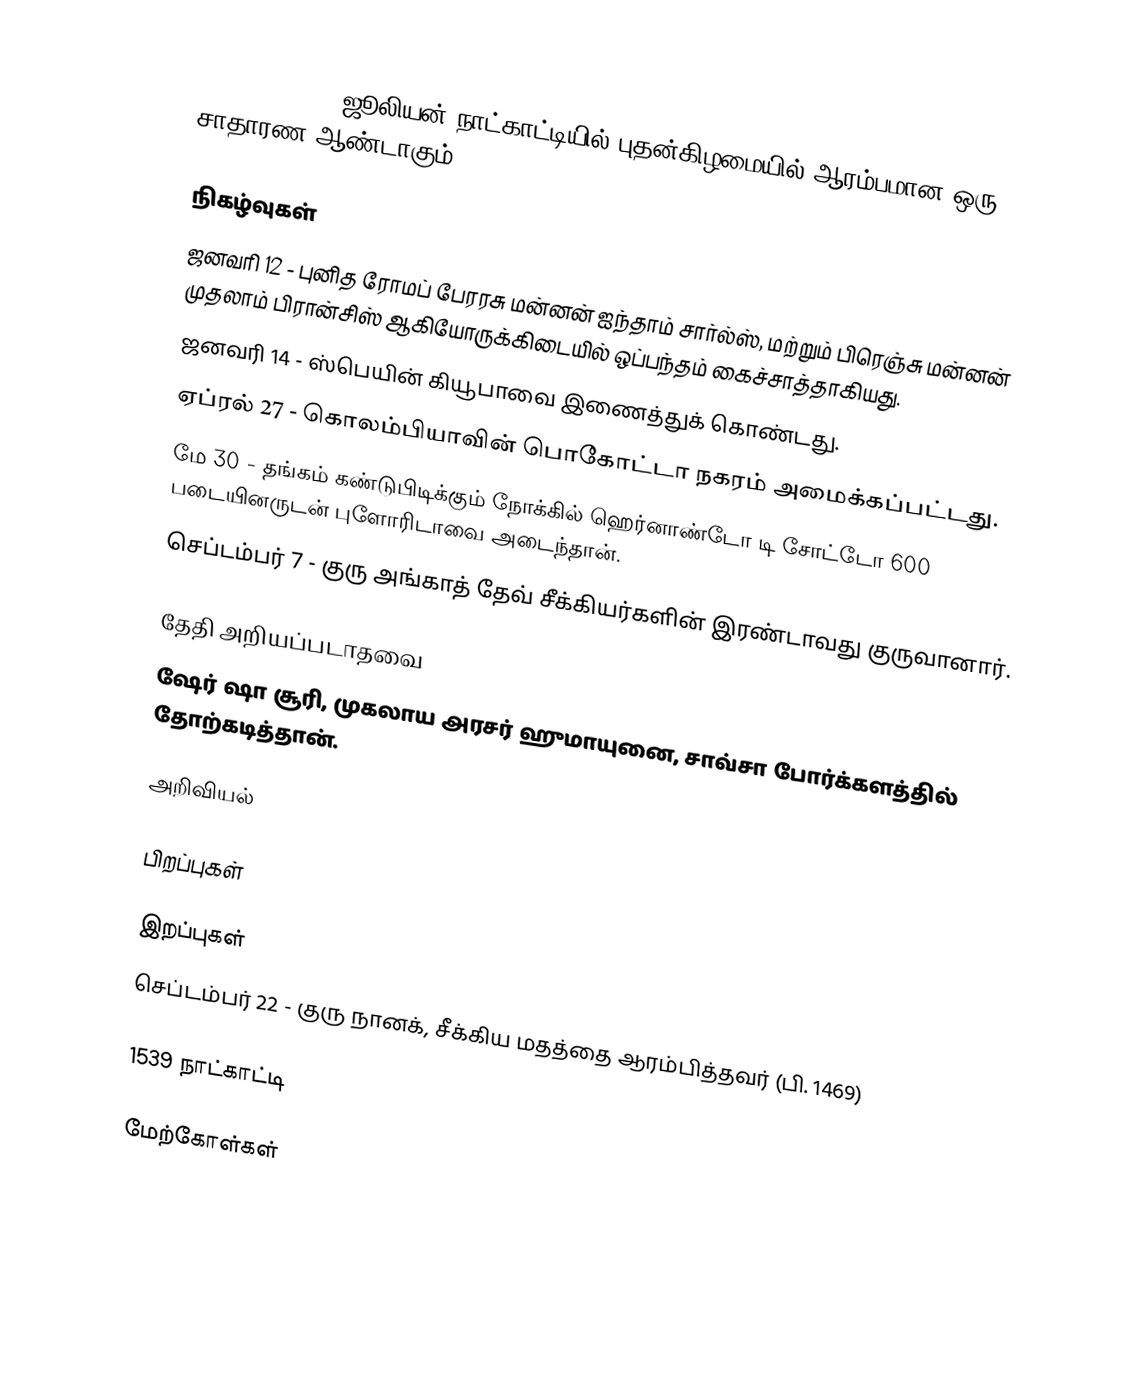
1539 (MDXXXIX) ஜூலியன் நாட்காட்டியில் புதன்கிழமையில் ஆரம்பமான ஒரு சாதாரண ஆண்டாகும்.

நிகழ்வுகள்
 ஜனவரி 12 - புனித ரோமப் பேரரசு மன்னன் ஐந்தாம் சார்ல்ஸ், மற்றும் பிரெஞ்சு மன்னன் முதலாம் பிரான்சிஸ் ஆகியோருக்கிடையில் ஒப்பந்தம் கைச்சாத்தாகியது.
 ஜனவரி 14 - ஸ்பெயின் கியூபாவை இணைத்துக் கொண்டது.
 ஏப்ரல் 27 - கொலம்பியாவின் பொகோட்டா நகரம் அமைக்கப்பட்டது.
 மே 30 - தங்கம் கண்டுபிடிக்கும் நோக்கில் ஹெர்னாண்டோ டி சோட்டோ 600 படையினருடன் புளோரிடாவை அடைந்தான்.
 செப்டம்பர் 7 - குரு அங்காத் தேவ் சீக்கியர்களின் இரண்டாவது குருவானார்.

தேதி அறியப்படாதவை
 ஷேர் ஷா சூரி, முகலாய அரசர் ஹுமாயுனை, சாவ்சா போர்க்களத்தில் தோற்கடித்தான்.

அறிவியல்

பிறப்புகள்

இறப்புகள்
 செப்டம்பர் 22 - குரு நானக், சீக்கிய மதத்தை ஆரம்பித்தவர் (பி. 1469)

1539 நாட்காட்டி

மேற்கோள்கள்

1539